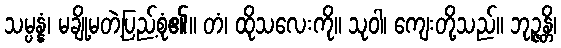
သမ္ပန္နံ၊ မချို့မတဲ့ပြည့်စုံ၏။ တံ၊ ထိုသလေးကို။ သုဝါ၊ ကျေးတို့သည်။ ဘုဉ္ဇန္တိ၊